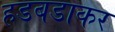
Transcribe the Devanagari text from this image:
हडबडाकर